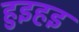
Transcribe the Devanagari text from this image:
हुइहइ